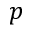
p